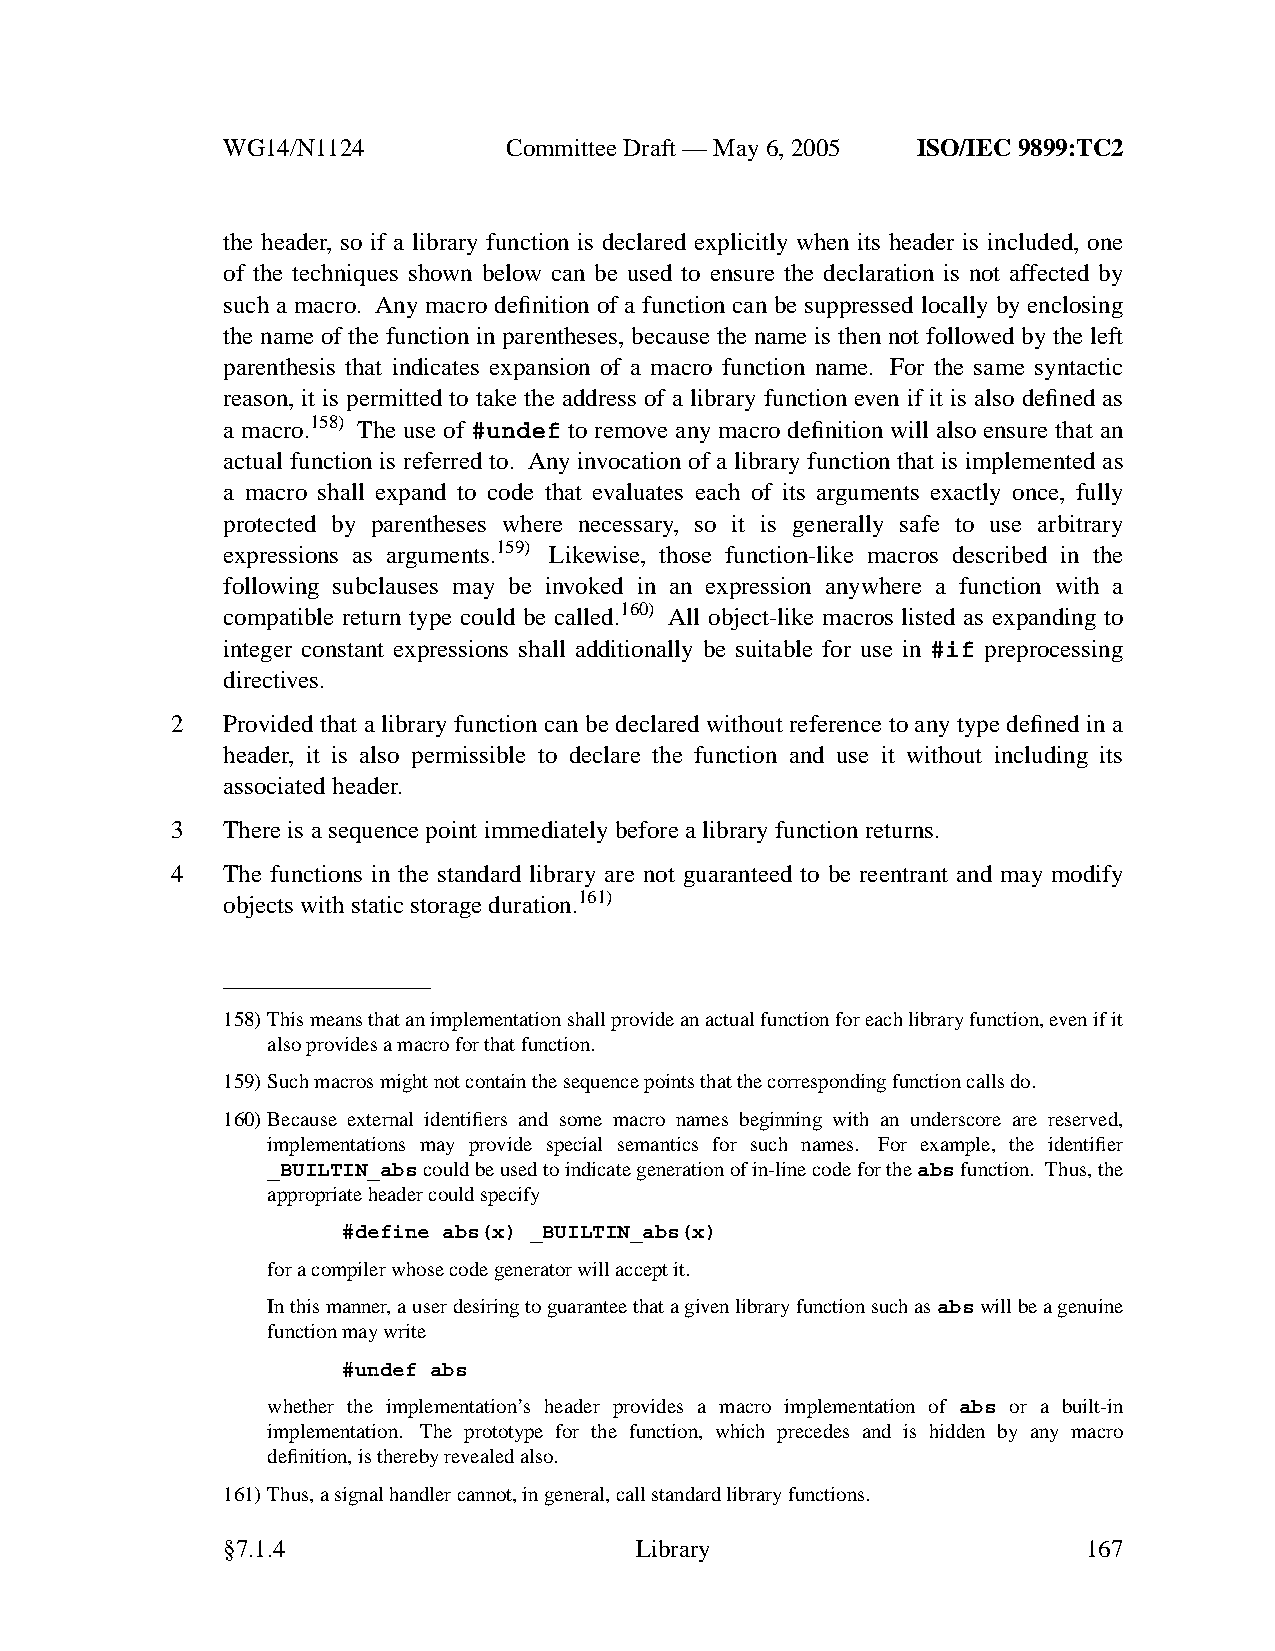
WG14/N1124        CommitteeDraft — May 6, 2005 ISO/IEC 9899:TC2
 the header, so if a library function is declared explicitly when its header is included, one
 of the techniques shown below can be used to ensure the declaration is not affected by
 such a macro. Any macro definition of a function can be suppressed locally by enclosing
 the name of the function in parentheses, because the name is then not followed by the left
 parenthesis that indicates expansion of a macro function name. For the same syntactic
 reason, it is permitted to take the address of a library function even if it is also defined as
 a macro.158) The use of #undef to remove any macro definition will also ensure that an
 actual function is referred to. Any inv ocation of a library function that is implemented as
 a macro shall expand to code that evaluates each of its arguments exactly once, fully
 protected by parentheses where necessary, so it is generally safe to use arbitrary
 expressions as arguments.159) Likewise, those function-like macros described in the
 following subclauses may be invoked in an expression anywhere a function with a
 compatible return type could be called.160) All object-like macros listed as expanding to
 integer constant expressions shall additionally be suitable for use in #if preprocessing
 directives.
 2   Provided that a library function can be declared without reference to any type defined in a
 header, it is also permissible to declare the function and use it without including its
 associated header.
 3   There is a sequence point immediately before a library function returns.
 4   The functions in the standard library are not guaranteed to be reentrant and may modify
 objects with static storage duration.161)
 158)This means that an implementation shall provide an actual function for each library function, evenifit
 also provides a macro for that function.
 159)Such macros might not contain the sequence points that the corresponding function calls do.
 160)Because external identifiers and some macro names beginning with an underscore are reserved,
 implementations may provide special semantics for such names. For example, the identifier
 _BUILTIN_abscould be used to indicate generation of in-line code for theabsfunction. Thus,the
 appropriate header could specify
 #define abs(x) _BUILTIN_abs(x)
 for a compiler whose code generator will accept it.
 In this manner,auser desiring to guarantee that a givenlibrary function such asabswill be a genuine
 function may write
 #undef abs
 whether the implementation’s header provides a macro implementation of abs or a built-in
 implementation. The prototype for the function, which precedes and is hidden by any macro
 definition, is thereby revealed also.
 161)Thus, a signal handler cannot, in general, call standard library functions.
 §7.1.4                     Library                       167